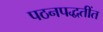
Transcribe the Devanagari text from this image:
पठनपद्धतींत